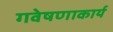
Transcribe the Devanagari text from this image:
गवेषणाकार्य